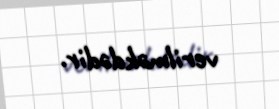
verilməkdədir.